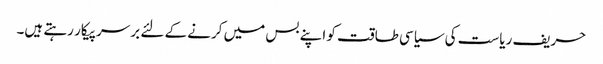
حریف ریاست کی سیاسی طاقت کو اپنے بس میں کرنے کے لئے بر سرپیکار رہتے ہیں۔